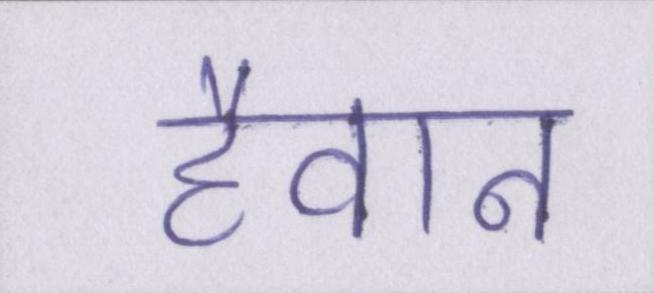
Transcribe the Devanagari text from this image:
हैवान